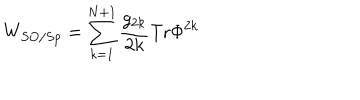
LaTeX: W _ { S O / S p } = \sum _ { k = 1 } ^ { N + 1 } \frac { g _ { 2 k } } { 2 k } \mathrm { T r } \Phi ^ { 2 k }